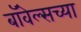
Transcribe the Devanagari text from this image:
बॉवेल्सच्या